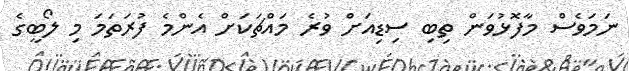
ނަމަވެސް މާފޮޅުވަން ތިބި ސިޑިއަށް ވުރެ މައްޗަކަށް އެންމެ ފުރަތަމަ މި ލޯބީގެ